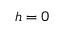
h = 0